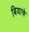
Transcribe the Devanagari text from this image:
बियाचे